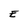
Character: E